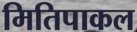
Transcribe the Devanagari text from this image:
मितिपाकल